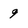
Character: 9